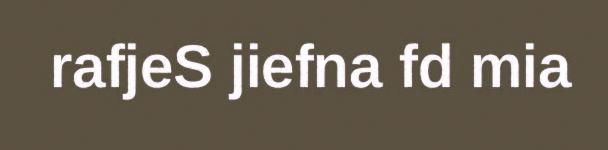
rafjeS jiefna fd mia